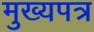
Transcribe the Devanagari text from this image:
मुख्यपत्र